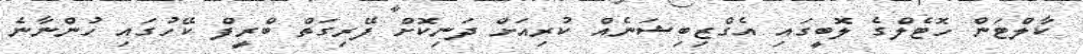
ކާލްޓަން ހޮޓެލްގެ ލޮބީގައި އެގްޒިބިޝަނެއް ކުރިއަށް ދަނިކޮށް ފޭރިގަތް ބްރީފް ކޭހުގައި ހުންނާނެ